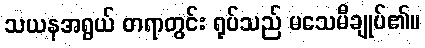
သယနအရွယ် တရာတွင်း ရုပ်သည် မသေမီချုပ်၏။